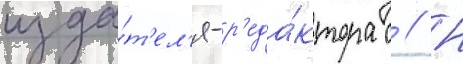
изда́т'ел'я-р'еда́ктора с // Н